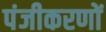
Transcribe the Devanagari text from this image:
पंजीकरणों